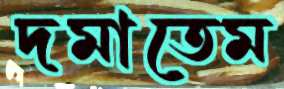
দমাতেম